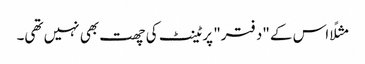
مثلًا اس کے "دفتر" پر ٹینٹ کی چھت بھی نہیں تھی۔